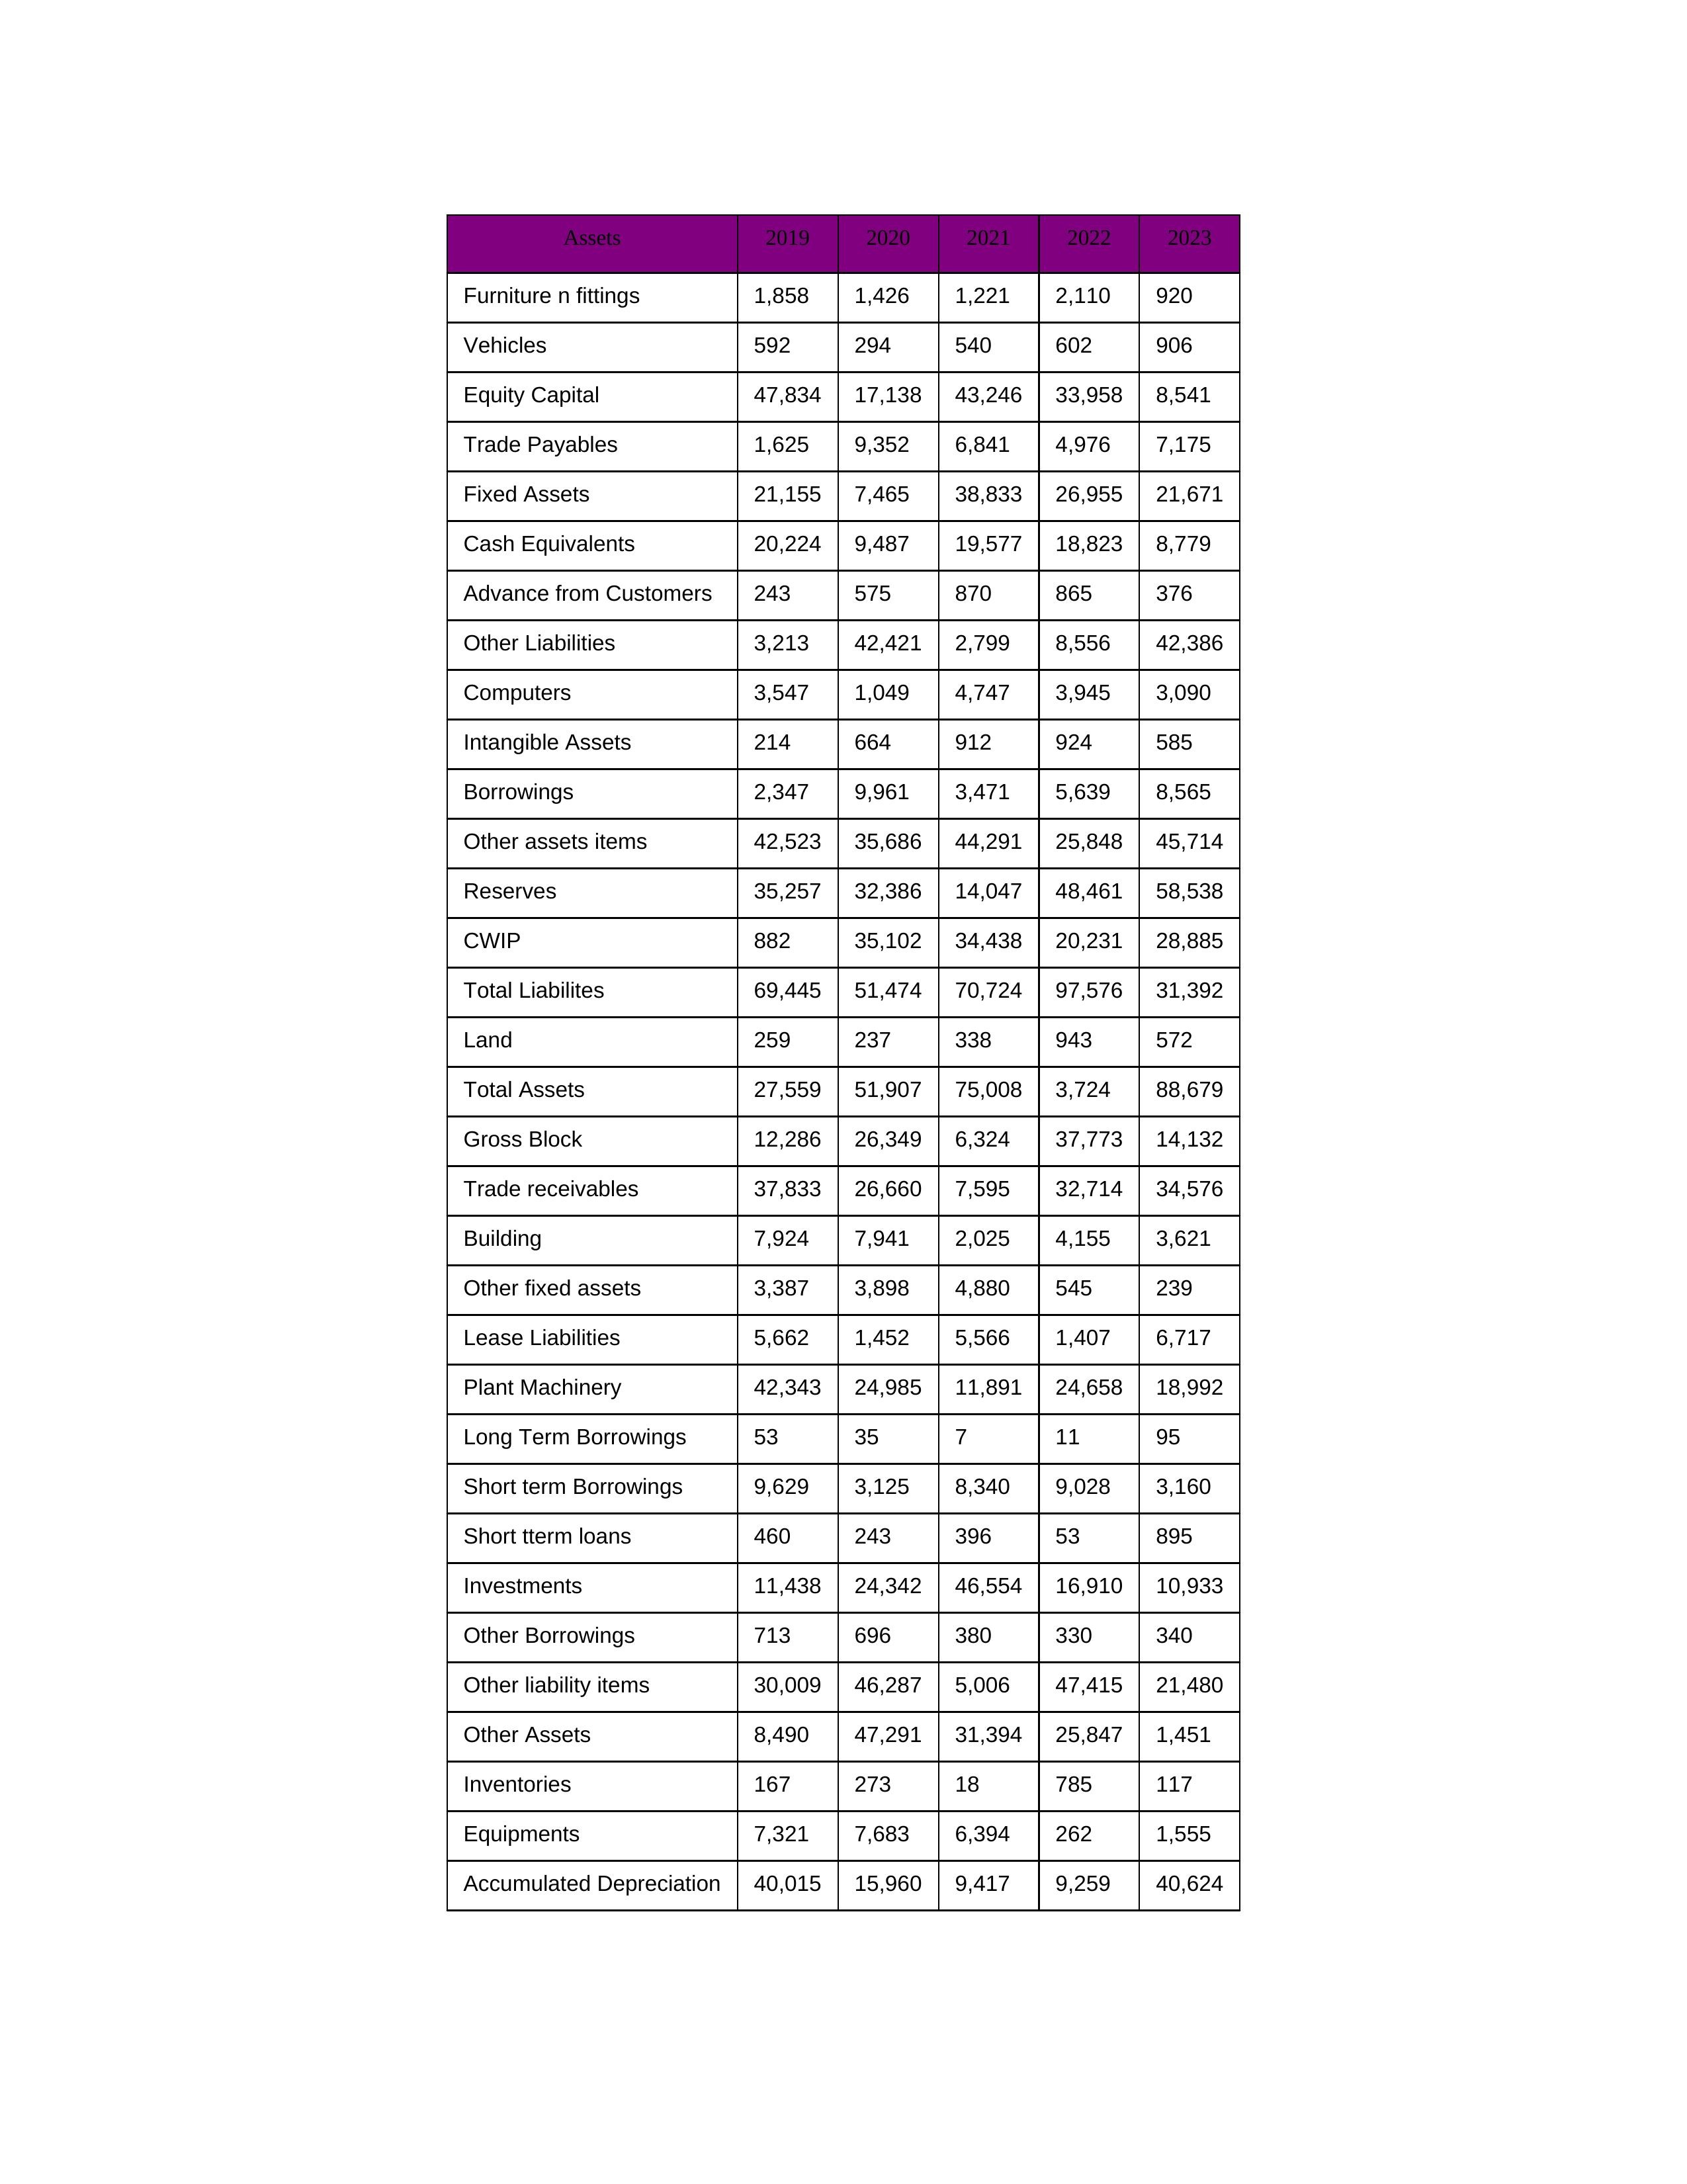
gt_parse: 2019: Equity Capital: 47,834
Reserves: 35,257
Borrowings: 2,347
Long Term Borrowings: 53
Short term Borrowings: 9,629
Lease Liabilities: 5,662
Other Borrowings: 713
Other Liabilities: 3,213
Trade Payables: 1,625
Advance from Customers: 243
Other liability items: 30,009
Total Liabilites: 69,445
Fixed Assets: 21,155
Land: 259
Building: 7,924
Plant Machinery: 42,343
Equipments: 7,321
Computers: 3,547
Furniture n fittings: 1,858
Vehicles: 592
Intangible Assets: 214
Other fixed assets: 3,387
Gross Block: 12,286
Accumulated Depreciation: 40,015
CWIP: 882
Investments: 11,438
Other Assets: 8,490
Inventories: 167
Trade receivables: 37,833
Cash Equivalents: 20,224
Short tterm loans: 460
Other assets items: 42,523
Total Assets: 27,559
2020: Equity Capital: 17,138
Reserves: 32,386
Borrowings: 9,961
Long Term Borrowings: 35
Short term Borrowings: 3,125
Lease Liabilities: 1,452
Other Borrowings: 696
Other Liabilities: 42,421
Trade Payables: 9,352
Advance from Customers: 575
Other liability items: 46,287
Total Liabilites: 51,474
Fixed Assets: 7,465
Land: 237
Building: 7,941
Plant Machinery: 24,985
Equipments: 7,683
Computers: 1,049
Furniture n fittings: 1,426
Vehicles: 294
Intangible Assets: 664
Other fixed assets: 3,898
Gross Block: 26,349
Accumulated Depreciation: 15,960
CWIP: 35,102
Investments: 24,342
Other Assets: 47,291
Inventories: 273
Trade receivables: 26,660
Cash Equivalents: 9,487
Short tterm loans: 243
Other assets items: 35,686
Total Assets: 51,907
2021: Equity Capital: 43,246
Reserves: 14,047
Borrowings: 3,471
Long Term Borrowings: 7
Short term Borrowings: 8,340
Lease Liabilities: 5,566
Other Borrowings: 380
Other Liabilities: 2,799
Trade Payables: 6,841
Advance from Customers: 870
Other liability items: 5,006
Total Liabilites: 70,724
Fixed Assets: 38,833
Land: 338
Building: 2,025
Plant Machinery: 11,891
Equipments: 6,394
Computers: 4,747
Furniture n fittings: 1,221
Vehicles: 540
Intangible Assets: 912
Other fixed assets: 4,880
Gross Block: 6,324
Accumulated Depreciation: 9,417
CWIP: 34,438
Investments: 46,554
Other Assets: 31,394
Inventories: 18
Trade receivables: 7,595
Cash Equivalents: 19,577
Short tterm loans: 396
Other assets items: 44,291
Total Assets: 75,008
2022: Equity Capital: 33,958
Reserves: 48,461
Borrowings: 5,639
Long Term Borrowings: 11
Short term Borrowings: 9,028
Lease Liabilities: 1,407
Other Borrowings: 330
Other Liabilities: 8,556
Trade Payables: 4,976
Advance from Customers: 865
Other liability items: 47,415
Total Liabilites: 97,576
Fixed Assets: 26,955
Land: 943
Building: 4,155
Plant Machinery: 24,658
Equipments: 262
Computers: 3,945
Furniture n fittings: 2,110
Vehicles: 602
Intangible Assets: 924
Other fixed assets: 545
Gross Block: 37,773
Accumulated Depreciation: 9,259
CWIP: 20,231
Investments: 16,910
Other Assets: 25,847
Inventories: 785
Trade receivables: 32,714
Cash Equivalents: 18,823
Short tterm loans: 53
Other assets items: 25,848
Total Assets: 3,724
2023: Equity Capital: 8,541
Reserves: 58,538
Borrowings: 8,565
Long Term Borrowings: 95
Short term Borrowings: 3,160
Lease Liabilities: 6,717
Other Borrowings: 340
Other Liabilities: 42,386
Trade Payables: 7,175
Advance from Customers: 376
Other liability items: 21,480
Total Liabilites: 31,392
Fixed Assets: 21,671
Land: 572
Building: 3,621
Plant Machinery: 18,992
Equipments: 1,555
Computers: 3,090
Furniture n fittings: 920
Vehicles: 906
Intangible Assets: 585
Other fixed assets: 239
Gross Block: 14,132
Accumulated Depreciation: 40,624
CWIP: 28,885
Investments: 10,933
Other Assets: 1,451
Inventories: 117
Trade receivables: 34,576
Cash Equivalents: 8,779
Short tterm loans: 895
Other assets items: 45,714
Total Assets: 88,679